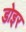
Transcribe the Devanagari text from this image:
डोइर